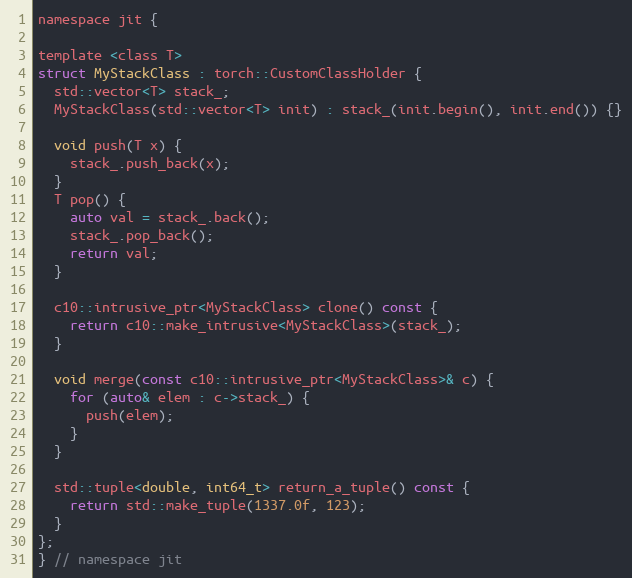
Language: C
namespace jit {

template <class T>
struct MyStackClass : torch::CustomClassHolder {
  std::vector<T> stack_;
  MyStackClass(std::vector<T> init) : stack_(init.begin(), init.end()) {}

  void push(T x) {
    stack_.push_back(x);
  }
  T pop() {
    auto val = stack_.back();
    stack_.pop_back();
    return val;
  }

  c10::intrusive_ptr<MyStackClass> clone() const {
    return c10::make_intrusive<MyStackClass>(stack_);
  }

  void merge(const c10::intrusive_ptr<MyStackClass>& c) {
    for (auto& elem : c->stack_) {
      push(elem);
    }
  }

  std::tuple<double, int64_t> return_a_tuple() const {
    return std::make_tuple(1337.0f, 123);
  }
};
} // namespace jit